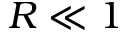
R \ll 1